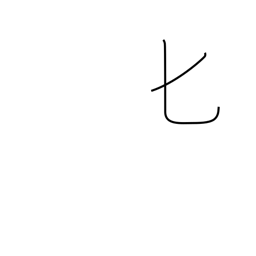
Meaning: spoon or katakana hi radical (no. 21)